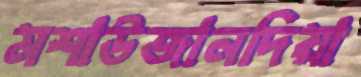
মশাউজানদিয়া